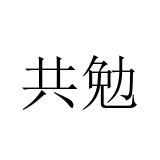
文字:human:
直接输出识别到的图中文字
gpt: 共勉